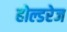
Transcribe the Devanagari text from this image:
होल्डरेज